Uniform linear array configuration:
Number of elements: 48
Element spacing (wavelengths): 0.5
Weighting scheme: hann
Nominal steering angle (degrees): -45
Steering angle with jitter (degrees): -44.053
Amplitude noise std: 0.05
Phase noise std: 0.05

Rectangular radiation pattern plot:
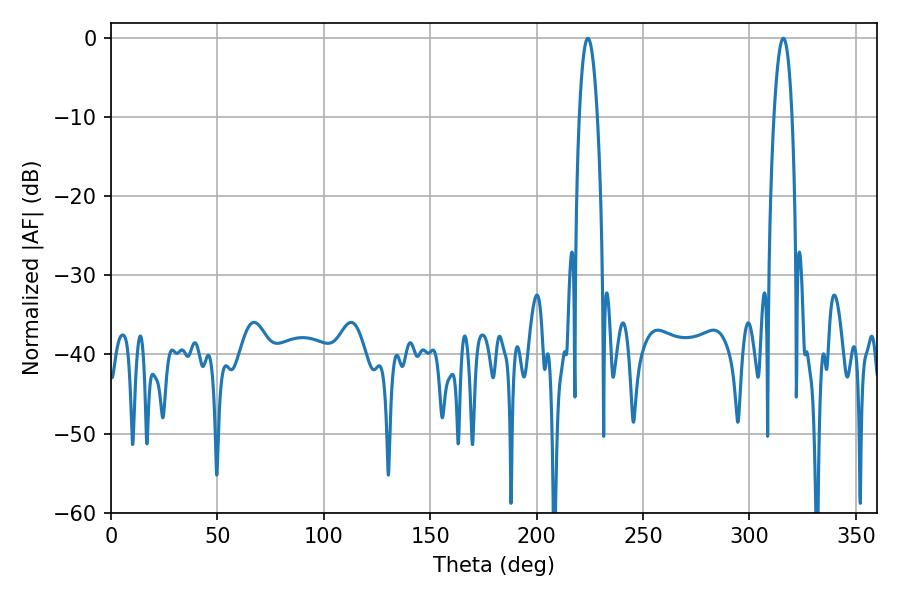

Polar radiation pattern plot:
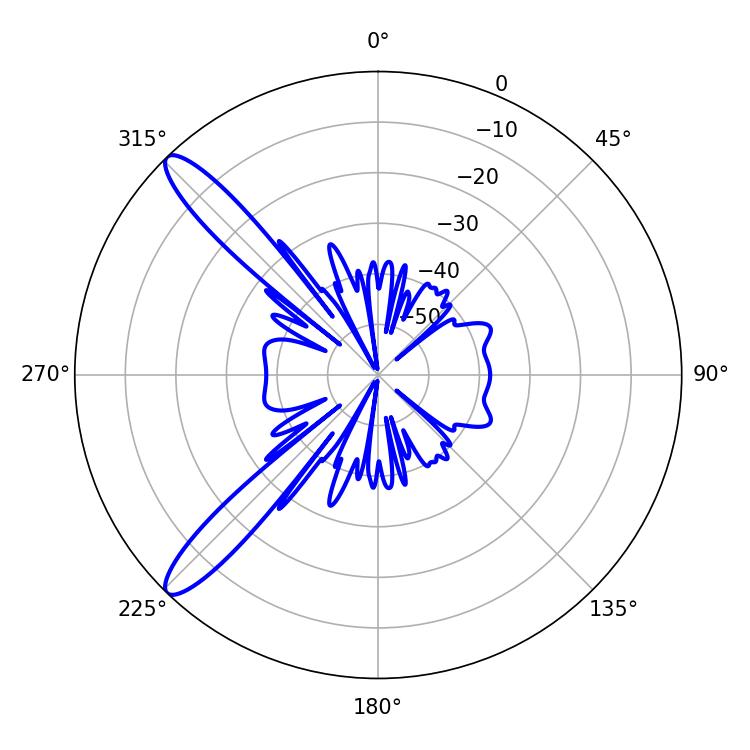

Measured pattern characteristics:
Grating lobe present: FALSE
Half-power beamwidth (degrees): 4.68
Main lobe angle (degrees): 224.1